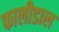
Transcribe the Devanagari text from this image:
फालीडाल